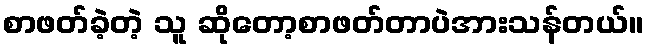
စာဖတ်ခဲ့တဲ့ သူ ဆိုတော့စာဖတ်တာပဲအားသန်တယ်။